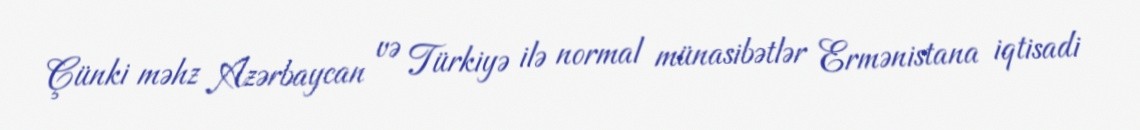
Çünki məhz Azərbaycan və Türkiyə ilə normal münasibətlər Ermənistana iqtisadi